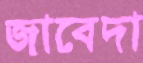
জাবেদা